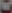
ت